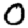
Digit: 0